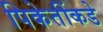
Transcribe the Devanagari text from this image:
पिकेतींकडे